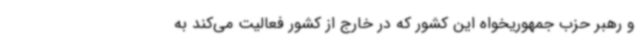
و رهبر حزب جمهوریخواه این کشور که در خارج از کشور فعالیت می‌کند به